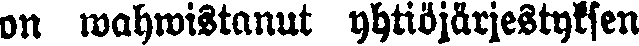
on wahwistanut yhtiöjärjestyksen